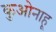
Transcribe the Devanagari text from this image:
कुओनाहू